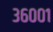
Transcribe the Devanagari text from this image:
३६००१